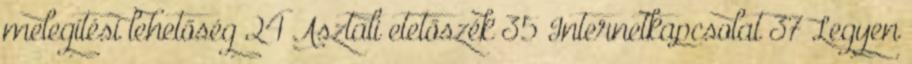
melegítési lehetőség 24 Asztali etetőszék 35 Internetkapcsolat 37 Legyen